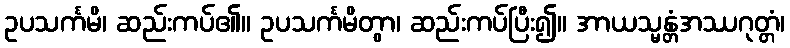
ဥပသင်္ကမိ၊ ဆည်းကပ်၏။ ဥပသင်္ကမိတွာ၊ ဆည်းကပ်ပြီး၍။ အာယသ္မန္တံအဿဂုတ္တံ၊